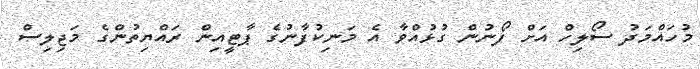
މުހައްމަދު ސޯލިހް އަށް ފޯނުން ގުޅުއްވާ އެ މަނިކުފާާނުގެ ޕާޓީއިން ރައްޔިތުންގެ މަޖިލިސް